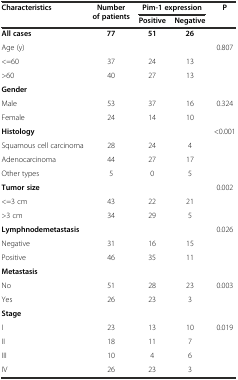
| <ROWSPAN=2> Characteristics | <ROWSPAN=2> Number of patients | <COLSPAN=2> Pim-1 expression | <ROWSPAN=2> P |
 | Positive | Negative |
 | --- | --- | --- | --- | --- |
 | All cases | 77 | 51 | 26 |  |
 | Age (y) |  |  |  | 0.807 |
 | <=60 | 37 | 24 | 13 |  |
 | >60 | 40 | 27 | 13 |  |
 | Gender |  |  |  |  |
 | Male | 53 | 37 | 16 | 0.324 |
 | Female | 24 | 14 | 10 |  |
 | Histology |  |  |  | <0.001 |
 | Squamous cell carcinoma | 28 | 24 | 4 |  |
 | Adenocarcinoma | 44 | 27 | 17 |  |
 | Other types | 5 | 0 | 5 |  |
 | Tumor size |  |  |  | 0.002 |
 | <=3 cm | 43 | 22 | 21 |  |
 | >3 cm | 34 | 29 | 5 |  |
 | Lymphnodemetastasis |  |  |  | 0.026 |
 | Negative | 31 | 16 | 15 |  |
 | Positive | 46 | 35 | 11 |  |
 | Metastasis |  |  |  |  |
 | No | 51 | 28 | 23 | 0.003 |
 | Yes | 26 | 23 | 3 |  |
 | Stage |  |  |  |  |
 | I | 23 | 13 | 10 | 0.019 |
 | II | 18 | 11 | 7 |  |
 | III | 10 | 4 | 6 |  |
 | IV | 26 | 23 | 3 |  |